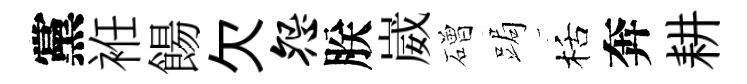
黨袵餳欠怨朕崴磳跼栝奔耕